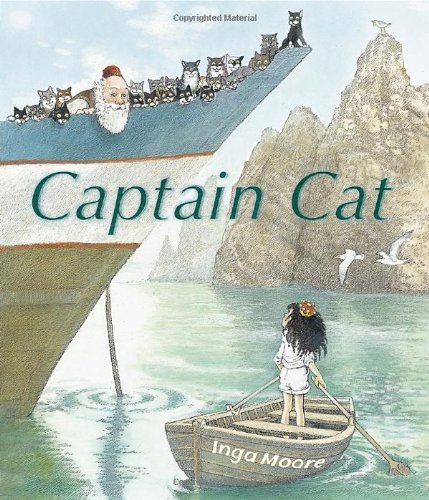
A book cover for Captain Cat; Inga Moore; Children's Books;